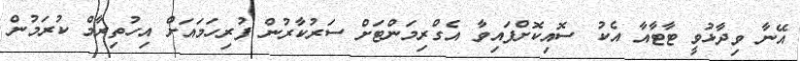
އޭނާ ވިދާޅުވީ ޓާޓާއާ އެކު ސޮއިކޮށްފައިވާ އެގްރިމަންޓަށް ސަރުކާރުން ފުރިހަމައަށް އިހުތިރާމް ކުރަމުން